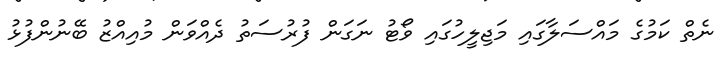
ނެތް ކަމުގެ މައްސަލާގައި މަޖިލީހުގައި ވޯޓު ނަގަން ފުރުސަތު ދެއްވަން މުއިއްޒު ބޭނުންފުޅު